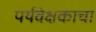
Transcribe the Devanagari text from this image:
पर्यवेक्षकाचा